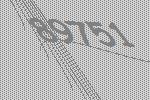
89751